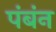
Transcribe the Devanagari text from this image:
पंबंन